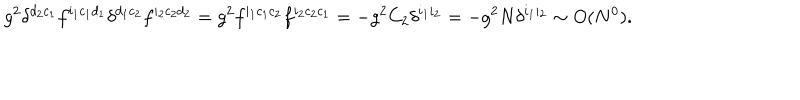
LaTeX: g ^ { 2 } \delta ^ { d _ { 2 } c _ { 1 } } f ^ { i _ { 1 } c _ { 1 } d _ { 1 } } \delta ^ { d _ { 1 } c _ { 2 } } f ^ { i _ { 2 } c _ { 2 } d _ { 2 } } = g ^ { 2 } f ^ { i _ { 1 } c _ { 1 } c _ { 2 } } f ^ { i _ { 2 } c _ { 2 } c _ { 1 } } = - g ^ { 2 } C _ { 2 } \delta ^ { i _ { 1 } i _ { 2 } } = - g ^ { 2 } N \delta ^ { i _ { 1 } i _ { 2 } } \sim O ( N ^ { 0 } ) .